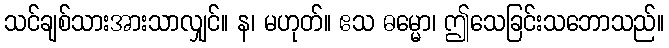
သင်ချစ်သားအားသာလျှင်။ န၊ မဟုတ်။ ဧသ ဓမ္မော၊ ဤသေခြင်းသဘောသည်။